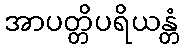
အာပတ္တိပရိယန္တံ